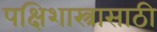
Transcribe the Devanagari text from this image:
पक्षिशास्त्रासाठी